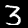
Digit: 3